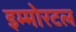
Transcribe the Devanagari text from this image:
इम्मोरटल